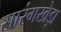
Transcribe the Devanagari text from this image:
सारंगखेड़ा